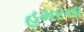
હમરના